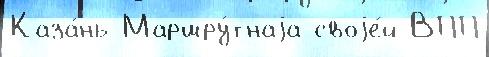
Каза́нь Маршру́тнаjа своjе́й ВПП